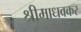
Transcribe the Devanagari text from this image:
श्रीमाधवकर